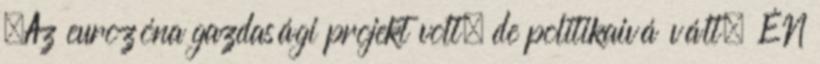
„Az eurozóna gazdasági projekt volt, de politikaivá vált. ÉN